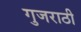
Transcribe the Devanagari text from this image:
गुजराठी